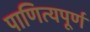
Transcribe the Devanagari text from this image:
पाणित्यपूर्ण